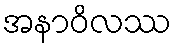
အနာဝိလဿ